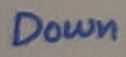
Text: Down